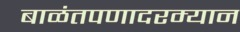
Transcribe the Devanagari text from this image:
बाळंतपणादरम्यान